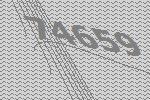
74659